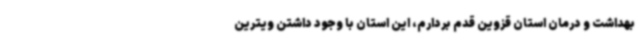
بهداشت و درمان استان قزوین قدم بردارم، این استان با وجود داشتن ویترین